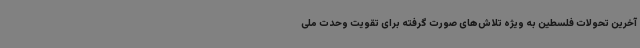
آخرین تحولات فلسطین به ویژه تلاش‌های صورت گرفته برای تقویت وحدت ملی